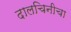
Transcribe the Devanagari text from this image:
दालचिनीचा